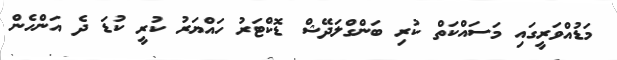
މަޑުއްވަރީގައި މަސައްކަތް ކުރި ބަންގްލަދޭޝް ޑޮކްޓަރު ހައްޔަރު ކުރީ ކުޑަ ދެ އަންހެން